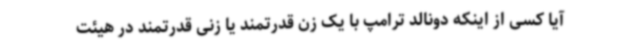
آیا کسی از اینکه دونالد ترامپ با یک زن قدرتمند یا زنی قدرتمند در هیئت